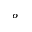
^ o